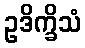
ဥဒိက္ခိသံ